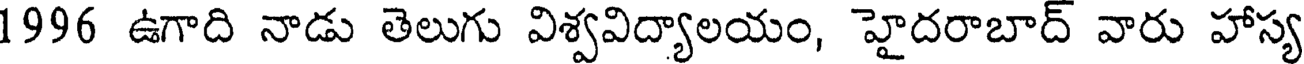
1996 ఉగాది నాడు తెలుగు విశ్వవిద్యాలయం, హైదరాబాద్ వారు హాస్య